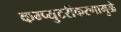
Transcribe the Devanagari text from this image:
कम्प्युटरीकरणामुळे